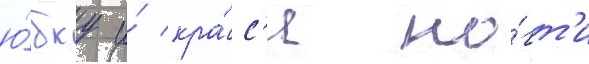
ю́бку и́ кра́с'я но́гт'и